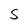
Character: 5